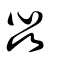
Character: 惢